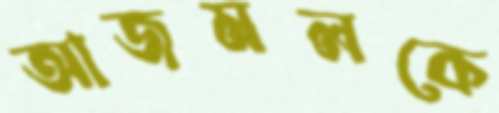
আজমলকে